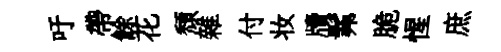
吁帶餘花頹雜付妆牘髴脆惺庶